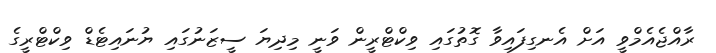
ރާއްޖެއެމްވީ އަށް އެނގިފައިވާ ގޮތުގައި ވިކްޓްރީން ވަނީ މިދިޔަ ސީޒަނުގައި ޔުނައިޓެޑް ވިކްޓްރީގެ